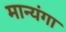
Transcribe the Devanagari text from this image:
मान्यंगा